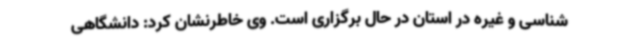
‌شناسی و غیره در استان در حال برگزاری است. وی خاطرنشان کرد: دانشگاهی